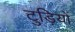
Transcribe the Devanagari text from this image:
टुड़ियों